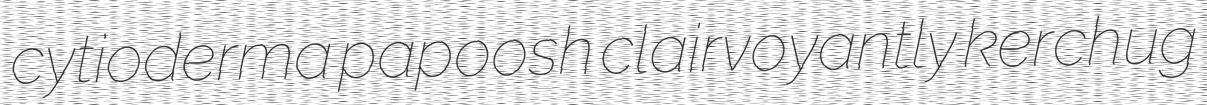
cytioderma papoosh clairvoyantly kerchug